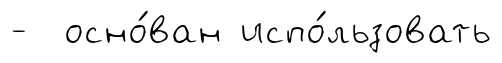
- осно́ван испо́льзовать